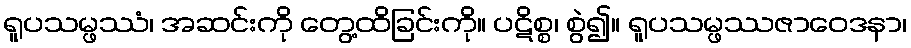
ရူပသမ္ဖဿံ၊ အဆင်းကို တွေ့ထိခြင်းကို။ ပဋိစ္စ၊ စွဲ၍။ ရူပသမ္ဖဿဇာဝေဒနာ၊